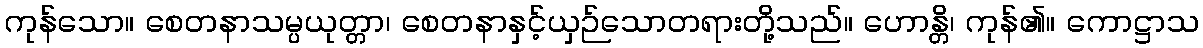
ကုန်သော။ စေတနာသမ္ပယုတ္တာ၊ စေတနာနှင့်ယှဉ်သောတရားတို့သည်။ ဟောန္တိ၊ ကုန်၏။ ကောဋ္ဌာသ